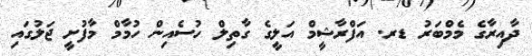
ދާއިރާގެ މެމްބަރު ޑރ. އަފްރާޝީމް އަލީގެ ގާތިލް ހުސެއިން ހުމާމް މާފުށީ ޖަލުގައި